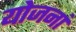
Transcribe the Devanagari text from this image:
योजनां